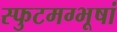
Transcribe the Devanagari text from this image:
स्फुटमग्भूषां